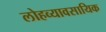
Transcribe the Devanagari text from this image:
लोहव्यावसायिक